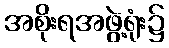
အစိုးရအဖွဲ့ရုံး၌